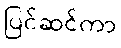
ပြင်ဆင်ကာ